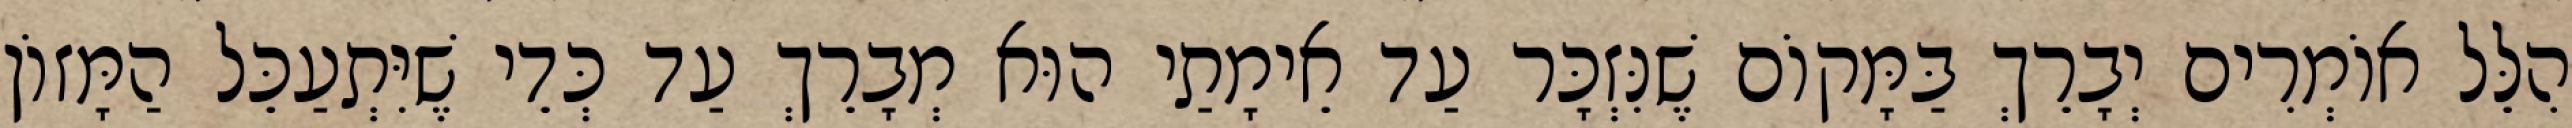
הִלֵּל אוֹמְרִים יְבָרֵךְ בַּמָּקוֹם שֶׁנִּזְכָּר עַד אֵימָתַי הוּא מְבָרֵךְ עַד כְּדֵי שֶׁיִּתְעַכֵּל הַמָּזוֹן